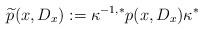
LaTeX: \begin{align*} \widetilde{p}(x,D_x):=\kappa^{-1,*}p(x,D_x)\kappa^*\end{align*}